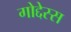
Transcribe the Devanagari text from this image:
गोद्देस्स